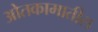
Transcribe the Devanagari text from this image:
ओतकामातील